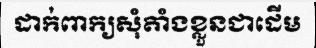
ដាក់ពាក្យសុំតាំងខ្លួនជាដើម